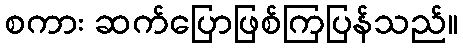
စကား ဆက်ပြောဖြစ်ကြပြန်သည်။